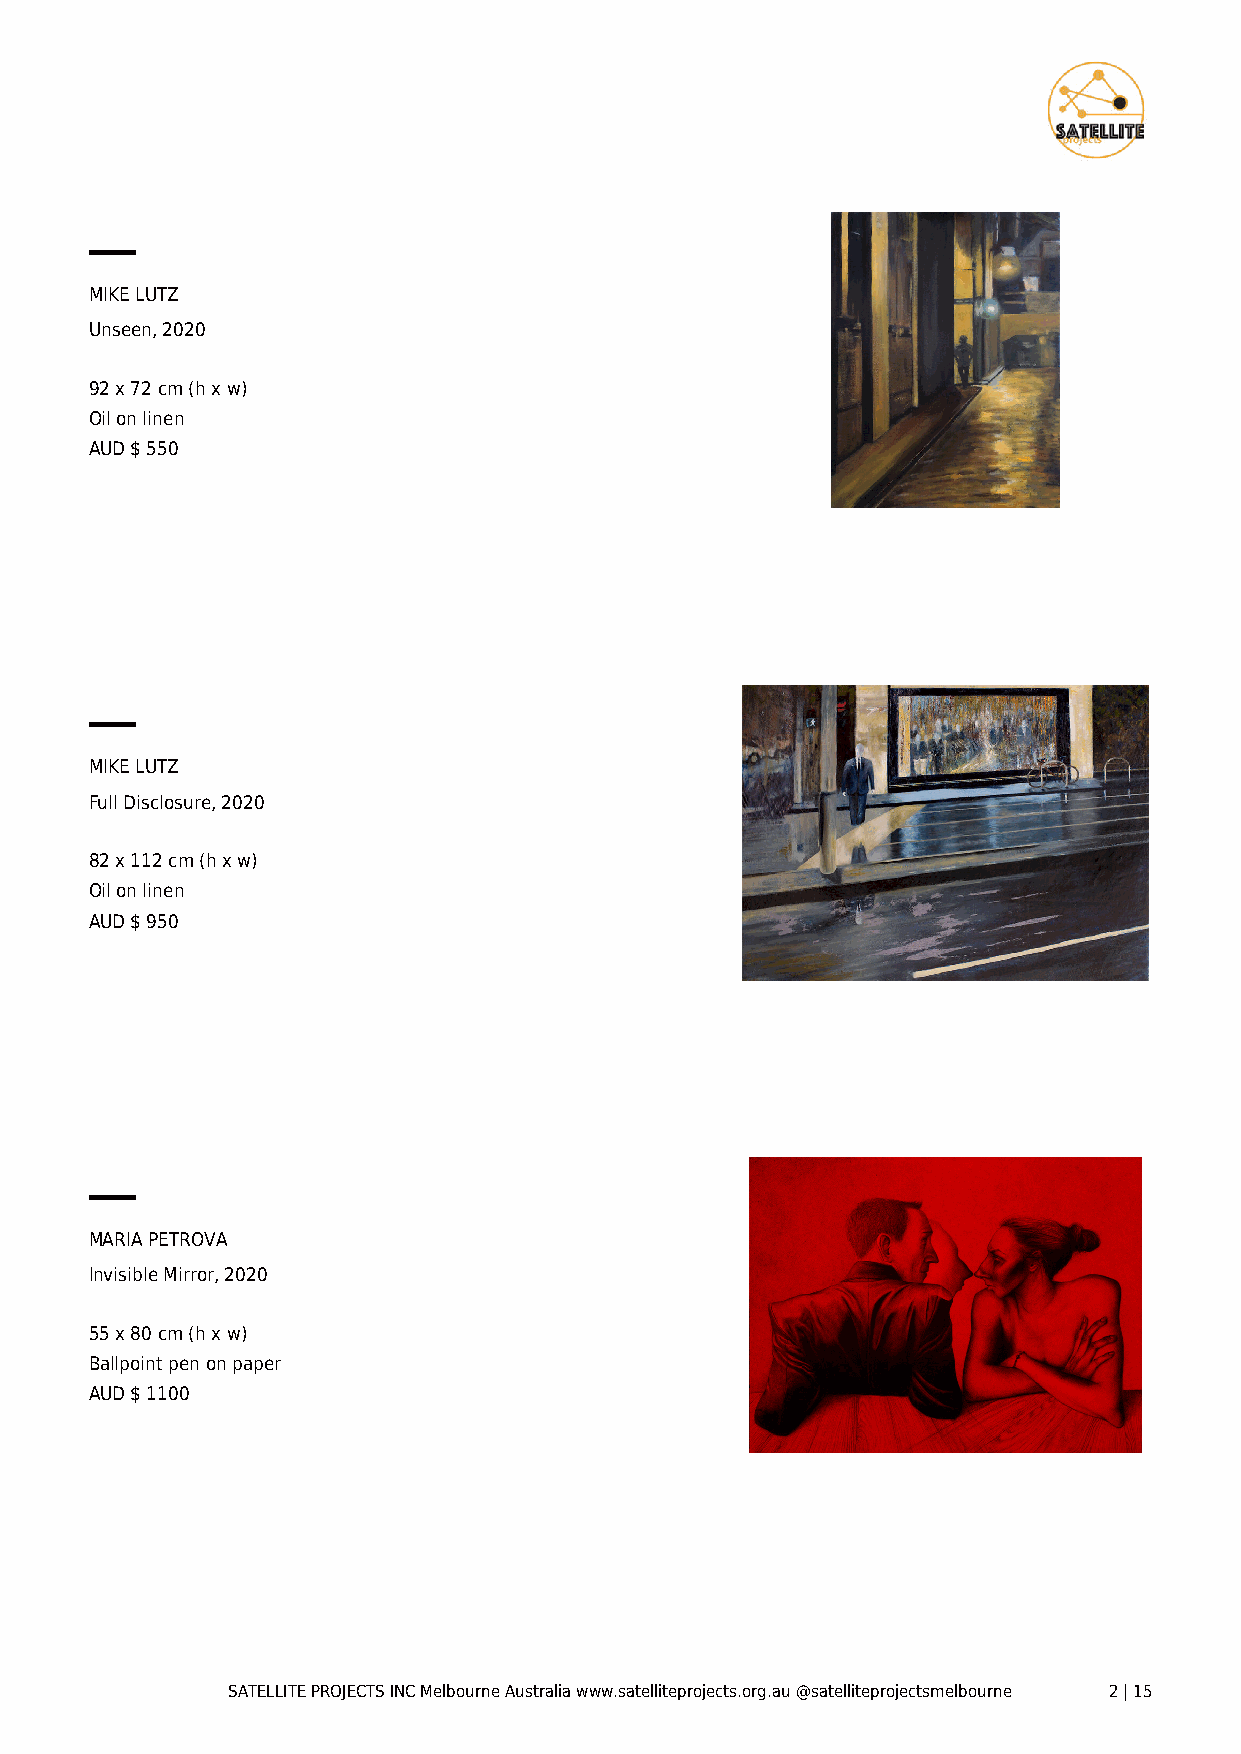
MIKE LUTZ
 Unseen, 2020
 92 x 72 cm (h x w)
 Oil on linen
 AUD $ 550
 MIKE LUTZ
 Full Disclosure, 2020
 82 x 112 cm (h x w)
 Oil on linen
 AUD $ 950
 MARIA PETROVA
 Invisible Mirror, 2020
 55 x 80 cm (h x w)
 Ballpoint pen on paper
 AUD $ 1100
 SATELLITE PROJECTS INC Melbourne Australia www.satelliteprojects.org.au @satelliteprojectsmelbourne 2 | 15